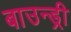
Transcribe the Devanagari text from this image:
बाउन्ड्री